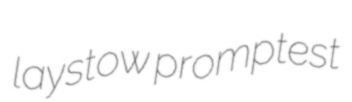
laystow promptest